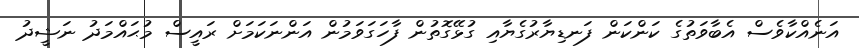
އަނެއްކާވެސް އެބާވަތުގެ ކަންކަން ފަނޑިޔާރުގެޔާއި ގުޅޭގޮތުން ފާހަގަވަމުން އަންނަކަމަށް ރައީސް މުޙައްމަދު ނަޝީދު